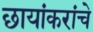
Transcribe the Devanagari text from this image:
छायांकरांचे